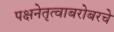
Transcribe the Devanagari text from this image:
पक्षनेतृत्वाबरोबरचे